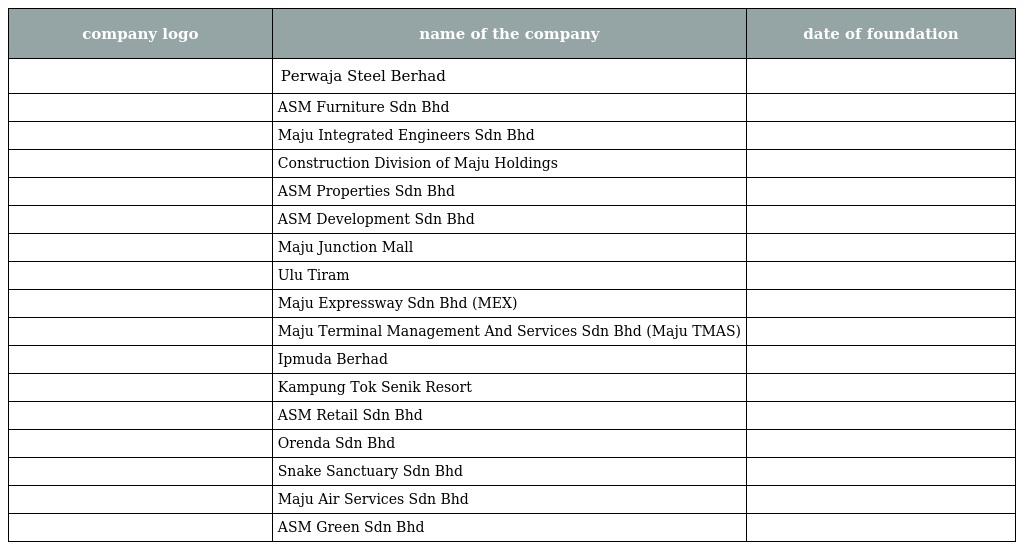
| company logo | name of the company | date of foundation |
 | --- | --- | --- |
 |  | Perwaja Steel Berhad |  |
 |  | ASM Furniture Sdn Bhd |  |
 |  | Maju Integrated Engineers Sdn Bhd |  |
 |  | Construction Division of Maju Holdings |  |
 |  | ASM Properties Sdn Bhd |  |
 |  | ASM Development Sdn Bhd |  |
 |  | Maju Junction Mall |  |
 |  | Ulu Tiram |  |
 |  | Maju Expressway Sdn Bhd (MEX) |  |
 |  | Maju Terminal Management And Services Sdn Bhd (Maju TMAS) |  |
 |  | Ipmuda Berhad |  |
 |  | Kampung Tok Senik Resort |  |
 |  | ASM Retail Sdn Bhd |  |
 |  | Orenda Sdn Bhd |  |
 |  | Snake Sanctuary Sdn Bhd |  |
 |  | Maju Air Services Sdn Bhd |  |
 |  | ASM Green Sdn Bhd |  |